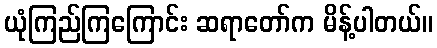
ယုံကြည်ကြကြောင်း ဆရာတော်က မိန့်ပါတယ်။